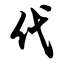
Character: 代